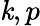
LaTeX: \mathit{k},p